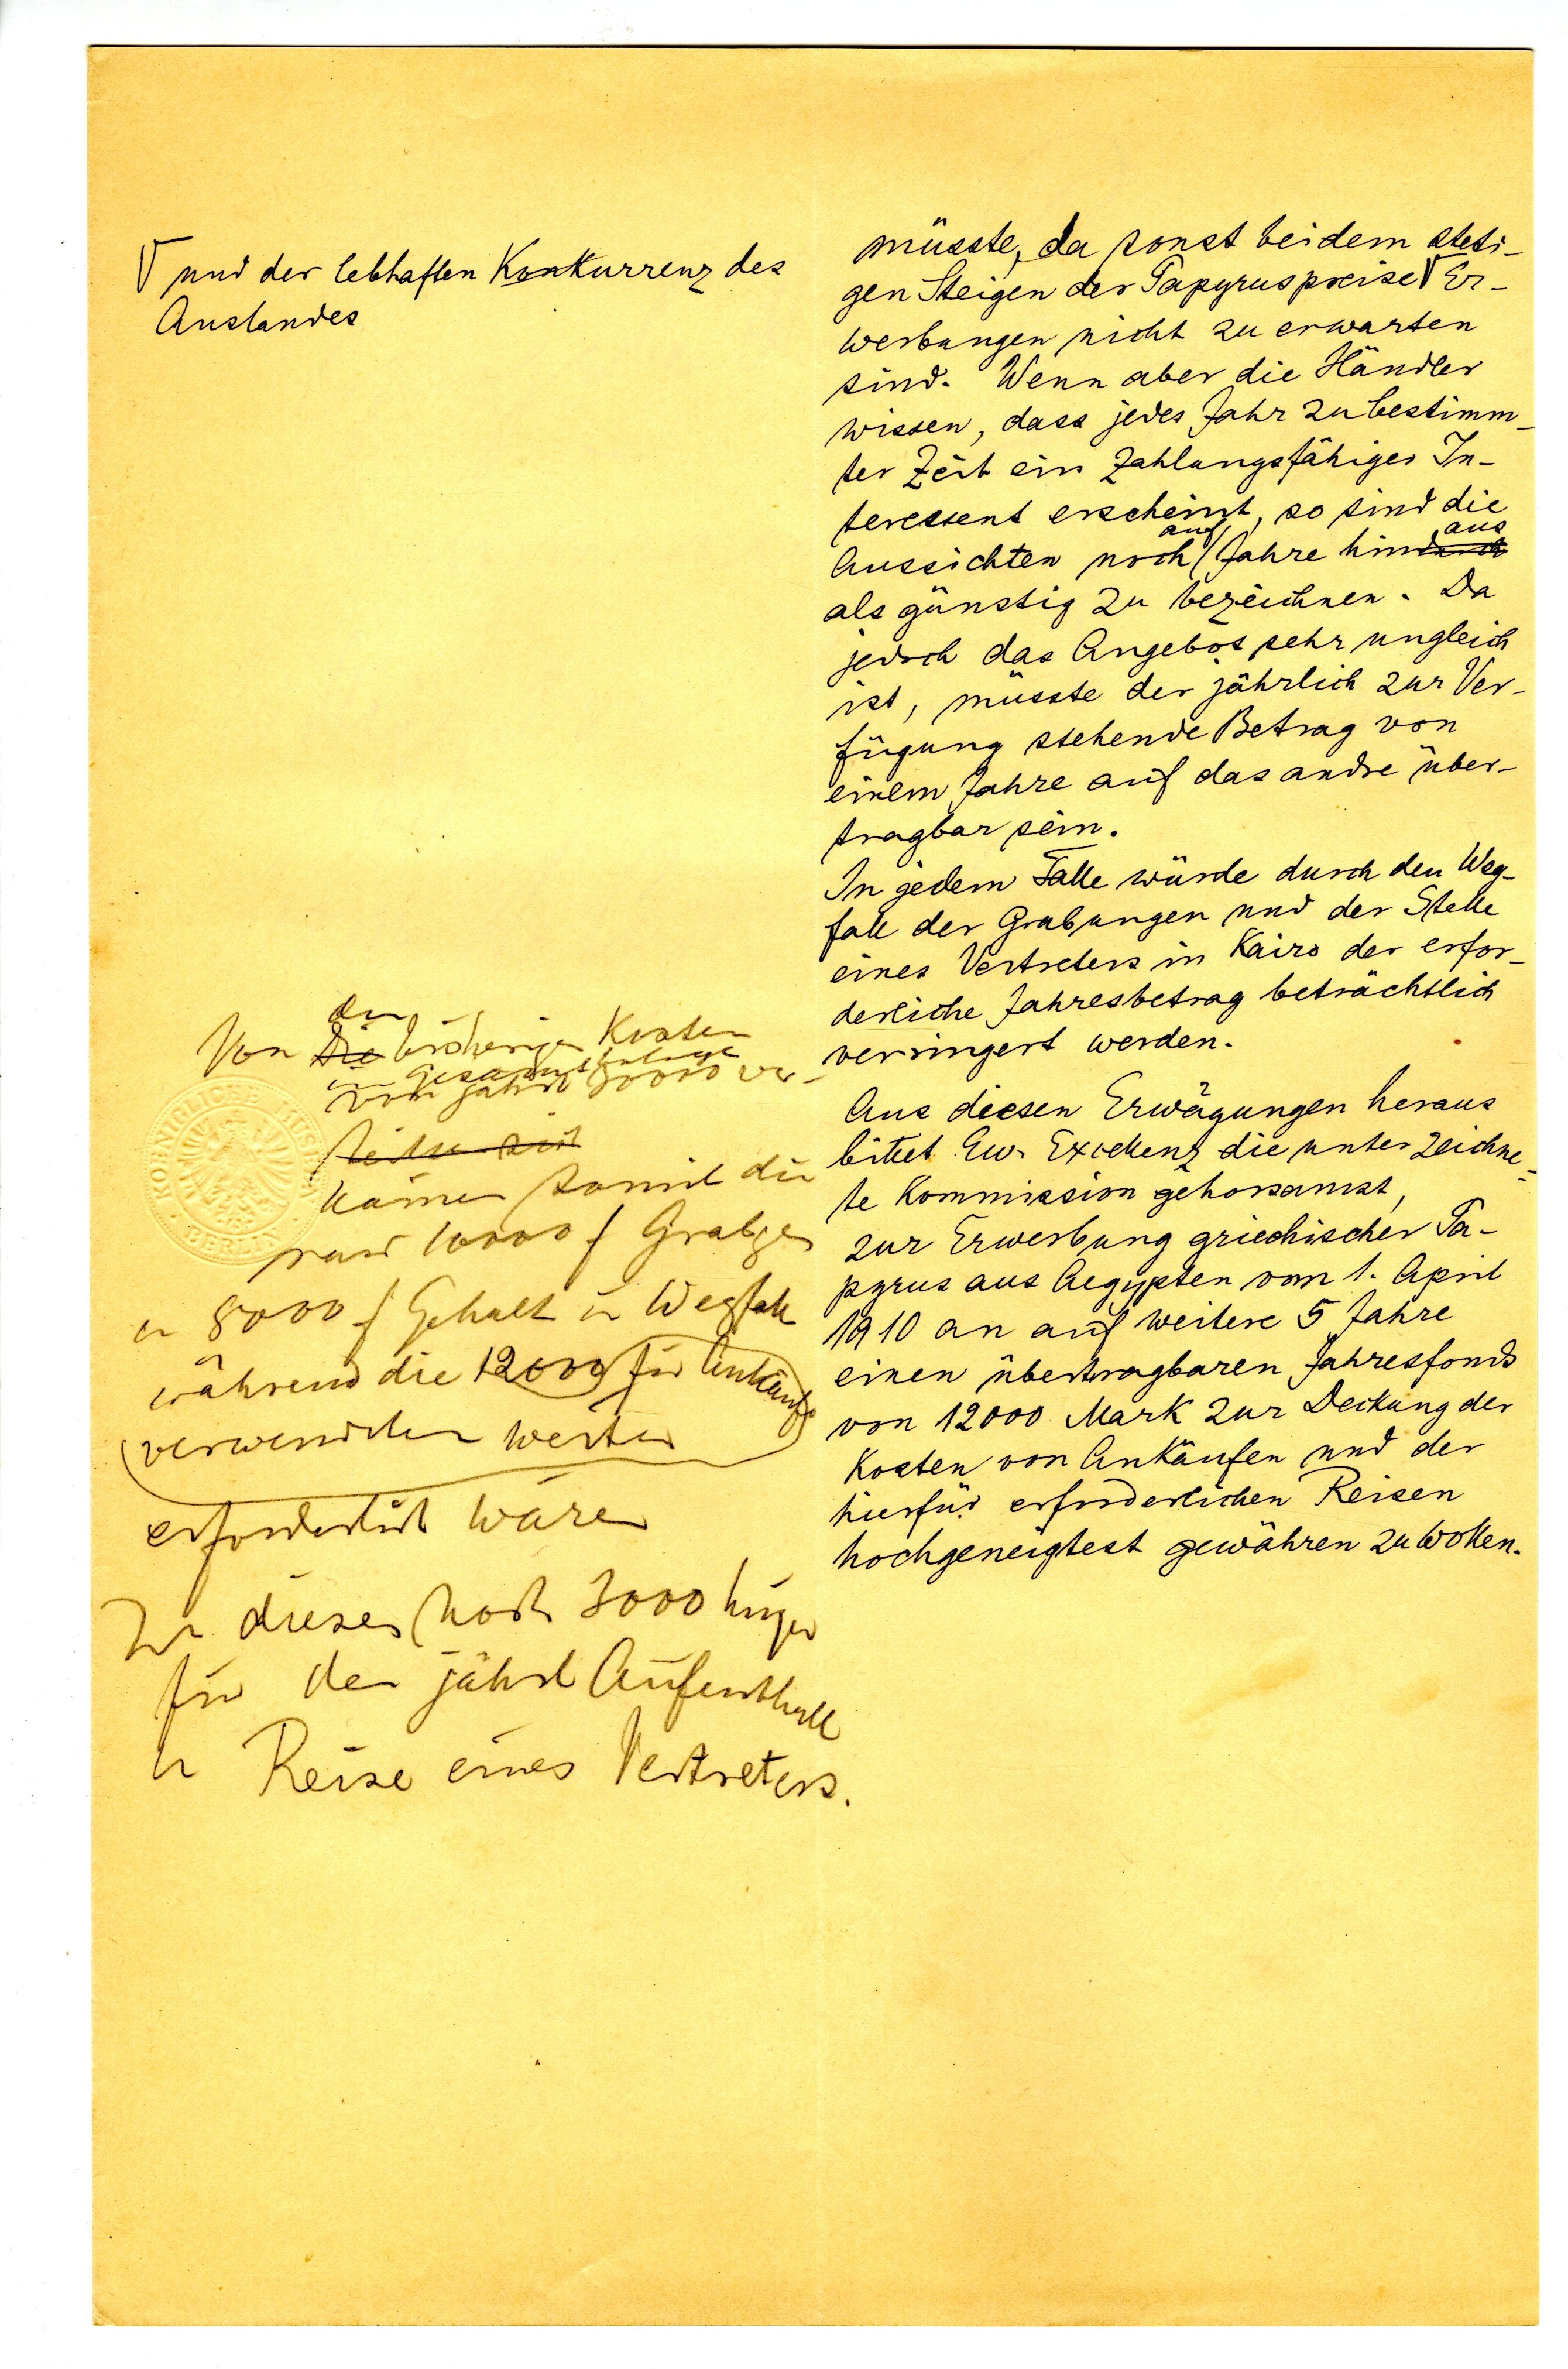
und der lebhaften Konkurrenz des
Auslandes

müsste, da sonst bei dem steti
gen Steigen der Papyruspreise Er¬
werbungen nicht zu erwarten
sind. Wenn aber die Händler
wissen, dass jedes Jahr zu bestimm¬
ter Zeit ein zahlungsfähiger In¬
teressent erscheint, so sind die
auf aus
Aussichten noch Jahre hin
als günstig zu bezeichnen. Da
jedoch das Angebot sehr ungleich
ist, müsste der jährlich zu Ver¬
fügung stehende Betrag von
einem Jahr auf das andre über¬
tragbar sein.
In jedem Fall würde durch den Weg¬
fall der Grabungen und der Stelle
eines Vertreters in Kairo der erfor¬
derliche Jahresbetrag beträchtlich
verringert werden.
Aus diesen Erwägungen heraus
bittet Eu. Excellenz die unterzeichne¬
te Kommission gehorsamst,
zur Erwerbung griechischer Pa¬
pyrus aus Aegypten vom 1. April
1910 an auf weitere 5 Jahre
einen übertragbaren Jahresfonds
von 12000 Mark zur Deckung der
Kosten von Ankäufen und der
hierfür erforderlichen Reisen
hochgeneigtest gewähren zu wollen.